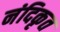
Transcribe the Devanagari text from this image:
नंदिकृत